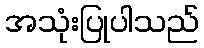
အသုံးပြုပါသည်